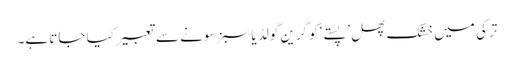
ترکی میں خشک پھل ’پستے‘ کو گرین گولڈ یا سبز سونے سے تعبیر کیا جاتا ہے۔